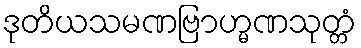
ဒုတိယသမဏဗြာဟ္မဏသုတ္တံ